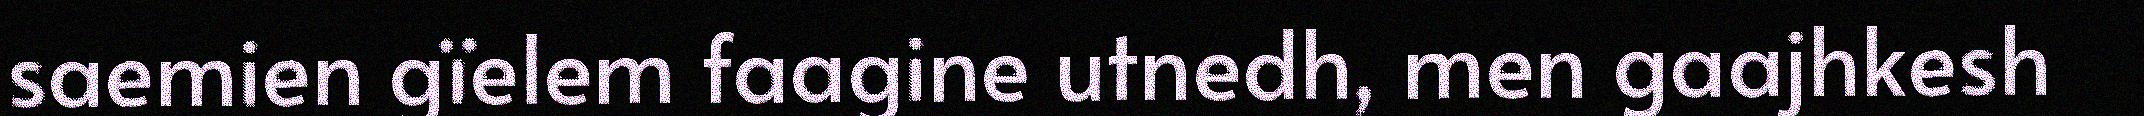
saemien gïelem faagine utnedh, men gaajhkesh